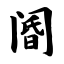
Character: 阍